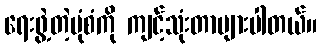
ရေးဖွဲ့တဲ့ပုံစံကို ကျင့်သုံးတာများပါတယ်။